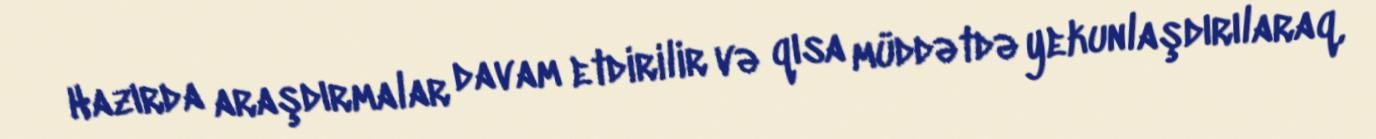
Hazırda araşdırmalar davam etdirilir və qısa müddətdə yekunlaşdırılaraq,